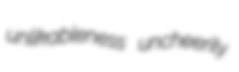
unlikableness uncheerily